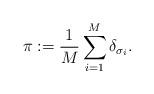
LaTeX: \begin{align*} \pi:=\frac{1}{M} \sum_{i=1}^M \delta_{\sigma_i}.\end{align*}